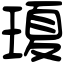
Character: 𤧶